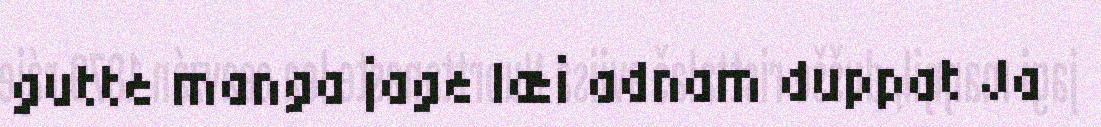
gutte manga jage læi adnam duppat Ja